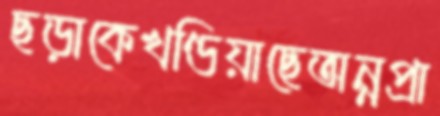
ছড়াকেখণ্ডিয়াছেঅন্নপ্রা